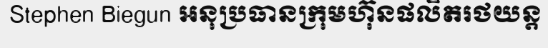
Stephen Biegun អនុប្រធានក្រុមហ៊ុនផលិតរថយន្ត